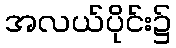
အလယ်ပိုင်း၌